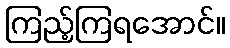
ကြည့်ကြရအောင်။